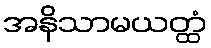
အနိသာမယတ္ထံ